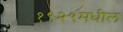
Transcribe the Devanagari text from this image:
१९२९मधील